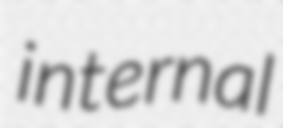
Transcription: internal